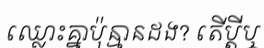
ឈ្លោះគ្នាប៉ុន្មានដង? តើប្តីឬ